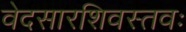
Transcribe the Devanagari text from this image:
वेदसारशिवस्तवः